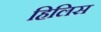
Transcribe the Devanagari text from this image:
हिलिस